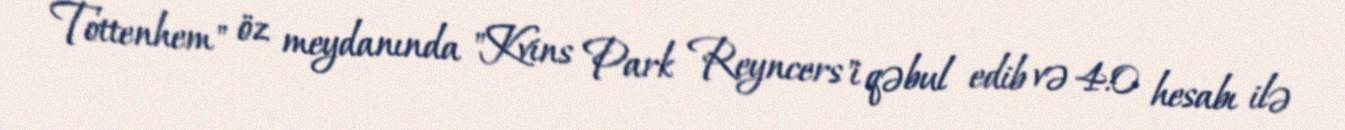
Tottenhem" öz meydanında "Kvins Park Reyncers"i qəbul edib və 4:0 hesabı ilə